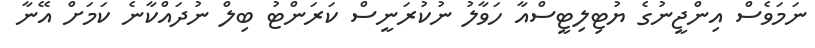
ނަމަވެސް އިންޖީނުގެ ޔުޓިލިޓީސްއާ ހަވާލު ނުކުރަނީސް ކަރަންޓު ބިލް ނުދައްކާނެ ކަމަށް އޭނާ